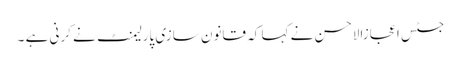
جسٹس اعجازالاحسن نے کہا کہ قانون سازی پارلیمنٹ نے کرنی ہے ۔